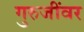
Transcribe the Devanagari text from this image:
गुरुजींवर